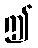
ဤ